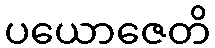
ပယောဇေတိ